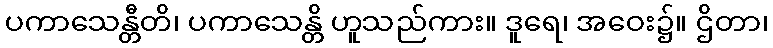
ပကာသေန္တီတိ၊ ပကာသေန္တိ ဟူသည်ကား။ ဒူရေ၊ အဝေး၌။ ဌိတာ၊